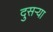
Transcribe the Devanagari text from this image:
दुसऱ्या